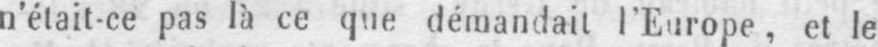
n’était-ce pas là ce que démandait l’Europe, et le